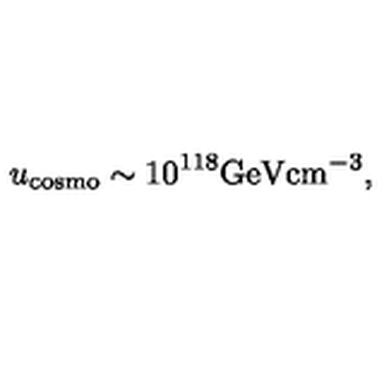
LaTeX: u _ { \mathrm { c o s m o } } \sim 1 0 ^ { 1 1 8 } \mathrm { G e V c m } ^ { - 3 } ,